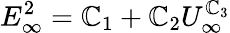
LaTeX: E_{\infty}^{2}=\mathbb{C}_{1}+\mathbb{C}_{2}U_{\infty}^{\mathbb{C}_{3}}